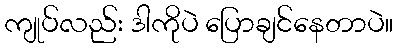
ကျုပ်လည်း ဒါကိုပဲ ပြောချင်နေတာပဲ။